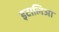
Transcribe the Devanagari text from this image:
इटालिआ